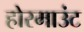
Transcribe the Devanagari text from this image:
होरमाउंट